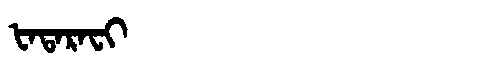
Manchu: ᡶᠠᡨᠠᡵᠠᠸᡳ
Romanization: FATARAFI